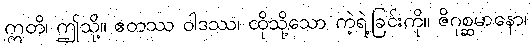
ဣတိ၊ ဤသို့။ ဧတဿ ဝါဒဿ၊ ထိုသို့သော ကဲ့ရဲ့ခြင်းကို။ ဇိဂုစ္ဆမာနော၊